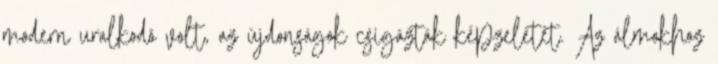
modern uralkodó volt, az újdonságok csigázták képzeletét. Az álmokhoz